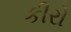
કીરો